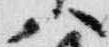
八